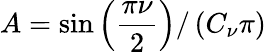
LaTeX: A=\sin{\left(\frac{\pi\nu}{2}\right)}/\left(C_{\nu}\pi\right)